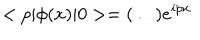
LaTeX: < p | { \phi } ( x ) | 0 > = ( \ldots ) e ^ { i p x }